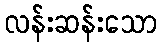
လန်းဆန်းသော